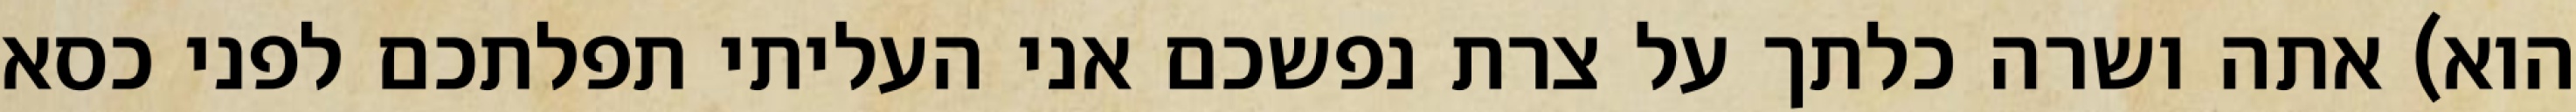
הוא) אתה ושרה כלתך על צרת נפשכם אני העליתי תפלתכם לפני כסא